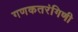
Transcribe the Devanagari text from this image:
गणकतरंगिणी